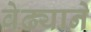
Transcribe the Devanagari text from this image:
वेढ्याने